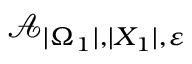
\mathcal { A } _ { | \Omega _ { 1 } | , | X _ { 1 } | , \varepsilon }